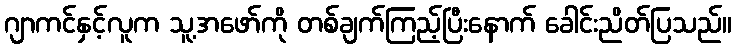
ဂျာကင်နှင့်လူက သူ့အဖော်ကို တစ်ချက်ကြည့်ပြီးနောက် ခေါင်းညိတ်ပြသည်။